Report of the King Institute of Preventive Medicine, Guindy
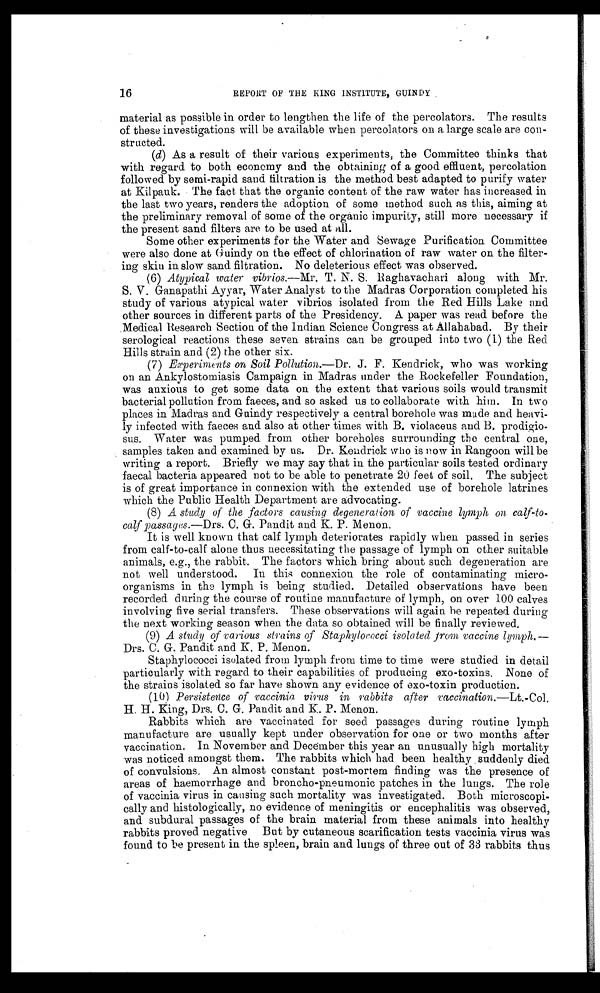
16
REPORT OF THE KING INSTITUTE, GUINDY
material as possible in order to lengthen the life of the percolators. The results
of these investigations will be available when percolators on a large scale are con--
structed.
(d) As a result of their various experiments, the Committee thinks that
with regard to both economy and the obtaining of a good effluent, percolation
followed by semi-rapid sand filtration is the method best adapted to purify water
at Kilpauk. The fact that the organic content of the raw water has increased in
the last two years, renders the adoption of some method such as this, aiming at
the preliminary removal of some of the organic impurity, still more necessary if
the present sand filters are to be used at all.
Some other experiments for the Water and Sewage Purification Committee
were also done at Guindy on the effect of chlorination of raw water on the filter-
-ing skin in slow sand filtration. No deleterious effect was observed.
(6)
Atypical water vibrios .—Mr. T. N. S. Raghavachari along with Mr.
S. V. Ganapathi Ayyar, Water Analyst to the Madras Corporation completed his
study of various atypical water vibrios isolated from the Red Hills Lake and
other sources in different parts of the Presidency. A paper was read before the
Medical Research Section of the Indian Science Congress at Allahabad. By their
serological reactions these seven strains can be grouped into two (1) the Red
Hills strain and (2) the other six.
(7)
Experiments on Soil Pollution .—Dr. J. F. Kendrick, who was working
on an Ankylostomiasis Campaign in Madras under the Rockefeller Foundation,
was anxious to get some data on the extent that various soils would transmit
bacterial pollution from faeces, and so asked us to collaborate with him. In two
places in Madras and Guindy respectively a central borehole was made and heavi-
-ly infected with faeces and also at other times with B. violaceus and B. prodigio-
-sus. Water was pumped from other boreholes surrounding the central one,
samples taken and examined by us. Dr. Kendrick who is now in Rangoon will be
writing a report. Briefly we may say that in the particular soils tested ordinary
faecal bacteria appeared not to be able to penetrate 20 feet of soil. The subject
is of great importance in connexion with the extended use of borehole latrines
which the Public Health Department are advocating.
(8)
A study of the factors causing degeneration of vaccine lymph on calf-to--
calf passages .—Drs. C. G. Pandit and K. P. Menon.
It is well known that calf lymph deteriorates rapidly when passed in series
from calf-to-calf alone thus necessitating the passage of lymph on other suitable
animals, e.g., the rabbit. The factors which bring about such degeneration are
not well understood. In this connexion the role of contaminating micro-
-organisms in the lymph is being studied. Detailed observations have been
recorded during the course of routine manufacture of lymph, on over 100 calves
involving five serial transfers. These observations will again be repeated during
the next working season when the data so obtained will be finally reviewed.
(9)
A study of various strains of Staphylococci isolated from vaccine lymph .—
Drs. C. G. Pandit and K. P. Menon.
Staphylococci isolated from lymph from time to time were studied in detail
particularly with regard to their capabilities of producing exo-toxins. None of
the strains isolated so far have shown any evidence of exo-toxin production.
(10)
Persistence of vaccinia virus in rabbits after vaccination .—Lt.-Col.
H. H. King, Drs. C. G. Pandit and K. P. Menon.
Rabbits which are vaccinated for seed passages during routine lymph
manufacture are usually kept under observation for one or two months after
vaccination. In November and December this year an unusually high mortality
was noticed amongst them. The rabbits which had been healthy suddenly died
of convulsions. An almost constant post-mortem finding was the presence of
areas of haemorrhage and broncho-pneumonic patches in the lungs. The role
of vaccinia virus in causing such mortality was investigated. Both microscopi-
-cally and histologically, no evidence of meningitis or encephalitis was observed,
and subdural passages of the brain material from these animals into healthy
rabbits proved negative But by cutaneous scarification tests vaccinia virus was
found to be present in the spleen, brain and lungs of three out of 33 rabbits thus